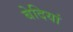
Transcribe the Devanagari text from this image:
बेदियां